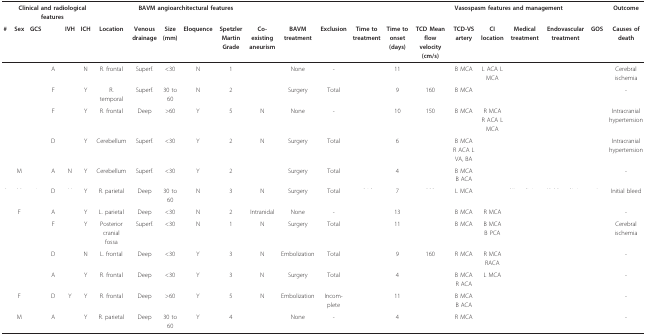
<table><thead><tr><td>[EMPTY_CELL]</td><td colspan="5"><b>Clinical and radiological features</b></td><td colspan="6"><b>BAVM angioarchitectural features</b></td><td colspan="4">[EMPTY_CELL]</td><td colspan="6"><b>Vasospasm features and management</b></td><td><b>Outcome</b></td></tr><tr><td><b>#</b></td><td><b>Sex</b></td><td><b>GCS</b></td><td>[EMPTY_CELL]</td><td><b>IVH</b></td><td><b>ICH</b></td><td><b>Location</b></td><td><b>Venous drainage</b></td><td><b>Size (mm)</b></td><td><b>Eloquence</b></td><td><b>Spetzler Martin Grade</b></td><td><b>Co-existing aneurism</b></td><td><b>BAVM treatment</b></td><td><b>Exclusion</b></td><td><b>Time to treatment</b></td><td><b>Time to onset (days)</b></td><td><b>TCD Mean flow velocity (cm/s)</b></td><td><b>TCD-VS artery</b></td><td><b>CI location</b></td><td><b>Medical treatment</b></td><td><b>Endovascular treatment</b></td><td><b>GOS</b></td><td><b>Causes of death</b></td></tr></thead><tbody><tr><td>[EMPTY_CELL]</td><td>[EMPTY_CELL]</td><td>[EMPTY_CELL]</td><td>A</td><td>[EMPTY_CELL]</td><td>N</td><td>R. frontal</td><td>Superf.</td><td>&lt;30</td><td>N</td><td>1</td><td>[EMPTY_CELL]</td><td>None</td><td>-</td><td>[EMPTY_CELL]</td><td>11</td><td>[EMPTY_CELL]</td><td>B MCA</td><td>L ACA L MCA</td><td>[EMPTY_CELL]</td><td>[EMPTY_CELL]</td><td>[EMPTY_CELL]</td><td>Cerebral ischemia</td></tr><tr><td>[EMPTY_CELL]</td><td>[EMPTY_CELL]</td><td>[EMPTY_CELL]</td><td>F</td><td>[EMPTY_CELL]</td><td>Y</td><td>R. temporal</td><td>Superf.</td><td>30 to 60</td><td>N</td><td>2</td><td>[EMPTY_CELL]</td><td>Surgery</td><td>Total</td><td>[EMPTY_CELL]</td><td>9</td><td>160</td><td>B MCA</td><td>[EMPTY_CELL]</td><td>[EMPTY_CELL]</td><td>[EMPTY_CELL]</td><td>[EMPTY_CELL]</td><td>-</td></tr><tr><td>[EMPTY_CELL]</td><td>[EMPTY_CELL]</td><td>[EMPTY_CELL]</td><td>F</td><td>[EMPTY_CELL]</td><td>Y</td><td>R. frontal</td><td>Deep</td><td>&gt;60</td><td>Y</td><td>5</td><td>N</td><td>None</td><td>-</td><td>[EMPTY_CELL]</td><td>10</td><td>150</td><td>B MCA</td><td>R MCA R ACA L MCA</td><td>[EMPTY_CELL]</td><td>[EMPTY_CELL]</td><td>[EMPTY_CELL]</td><td>Intracranial hypertension</td></tr><tr><td>[EMPTY_CELL]</td><td>[EMPTY_CELL]</td><td>[EMPTY_CELL]</td><td>D</td><td>[EMPTY_CELL]</td><td>Y</td><td>Cerebellum</td><td>Superf.</td><td>&lt;30</td><td>Y</td><td>2</td><td>N</td><td>Surgery</td><td>Total</td><td>[EMPTY_CELL]</td><td>6</td><td>[EMPTY_CELL]</td><td>B MCA R ACA L VA, BA</td><td>[EMPTY_CELL]</td><td>[EMPTY_CELL]</td><td>[EMPTY_CELL]</td><td>[EMPTY_CELL]</td><td>Intracranial hypertension</td></tr><tr><td>[EMPTY_CELL]</td><td>M</td><td>[EMPTY_CELL]</td><td>A</td><td>N</td><td>Y</td><td>Cerebellum</td><td>Superf.</td><td>&lt;30</td><td>Y</td><td>2</td><td>[EMPTY_CELL]</td><td>Surgery</td><td>Total</td><td>[EMPTY_CELL]</td><td>4</td><td>[EMPTY_CELL]</td><td>B MCA B ACA</td><td>[EMPTY_CELL]</td><td>[EMPTY_CELL]</td><td>[EMPTY_CELL]</td><td>[EMPTY_CELL]</td><td>-</td></tr><tr><td>[EMPTY_CELL]</td><td>[EMPTY_CELL]</td><td>[EMPTY_CELL]</td><td>D</td><td>[EMPTY_CELL]</td><td>Y</td><td>R. parietal</td><td>Deep</td><td>30 to 60</td><td>N</td><td>3</td><td>N</td><td>Surgery</td><td>Total</td><td>[EMPTY_CELL]</td><td>7</td><td>[EMPTY_CELL]</td><td>L MCA</td><td>[EMPTY_CELL]</td><td>[EMPTY_CELL]</td><td>[EMPTY_CELL]</td><td>[EMPTY_CELL]</td><td>Initial bleed</td></tr><tr><td>[EMPTY_CELL]</td><td>F</td><td>[EMPTY_CELL]</td><td>A</td><td>[EMPTY_CELL]</td><td>Y</td><td>L. parietal</td><td>Deep</td><td>&lt;30</td><td>N</td><td>2</td><td>Intranidal</td><td>None</td><td>-</td><td>[EMPTY_CELL]</td><td>13</td><td>[EMPTY_CELL]</td><td>B MCA</td><td>R MCA</td><td>[EMPTY_CELL]</td><td>[EMPTY_CELL]</td><td>[EMPTY_CELL]</td><td>-</td></tr><tr><td>[EMPTY_CELL]</td><td>[EMPTY_CELL]</td><td>[EMPTY_CELL]</td><td>F</td><td>[EMPTY_CELL]</td><td>Y</td><td>Posterior cranial fossa</td><td>Superf.</td><td>&lt;30</td><td>N</td><td>1</td><td>N</td><td>Surgery</td><td>Total</td><td>[EMPTY_CELL]</td><td>11</td><td>[EMPTY_CELL]</td><td>B MCA</td><td>B MCA B PCA</td><td>[EMPTY_CELL]</td><td>[EMPTY_CELL]</td><td>[EMPTY_CELL]</td><td>Cerebral ischemia</td></tr><tr><td>[EMPTY_CELL]</td><td>[EMPTY_CELL]</td><td>[EMPTY_CELL]</td><td>D</td><td>[EMPTY_CELL]</td><td>N</td><td>L. frontal</td><td>Deep</td><td>&lt;30</td><td>Y</td><td>3</td><td>N</td><td>Embolization</td><td>Total</td><td>[EMPTY_CELL]</td><td>9</td><td>160</td><td>R MCA</td><td>R MCA RACA</td><td>[EMPTY_CELL]</td><td>[EMPTY_CELL]</td><td>[EMPTY_CELL]</td><td>-</td></tr><tr><td>[EMPTY_CELL]</td><td>[EMPTY_CELL]</td><td>[EMPTY_CELL]</td><td>A</td><td>[EMPTY_CELL]</td><td>Y</td><td>R. frontal</td><td>Deep</td><td>&lt;30</td><td>Y</td><td>3</td><td>N</td><td>Surgery</td><td>Total</td><td>[EMPTY_CELL]</td><td>4</td><td>[EMPTY_CELL]</td><td>B MCA R ACA</td><td>L MCA</td><td>[EMPTY_CELL]</td><td>[EMPTY_CELL]</td><td>[EMPTY_CELL]</td><td>-</td></tr><tr><td>[EMPTY_CELL]</td><td>F</td><td>[EMPTY_CELL]</td><td>D</td><td>Y</td><td>Y</td><td>R. frontal</td><td>Deep</td><td>&gt;60</td><td>Y</td><td>5</td><td>N</td><td>Embolization</td><td>Incom-plete</td><td>[EMPTY_CELL]</td><td>11</td><td>[EMPTY_CELL]</td><td>B MCA B ACA</td><td>[EMPTY_CELL]</td><td>[EMPTY_CELL]</td><td>[EMPTY_CELL]</td><td>[EMPTY_CELL]</td><td>-</td></tr><tr><td>[EMPTY_CELL]</td><td>M</td><td>[EMPTY_CELL]</td><td>A</td><td>[EMPTY_CELL]</td><td>Y</td><td>R. parietal</td><td>Deep</td><td>30 to 60</td><td>Y</td><td>4</td><td>[EMPTY_CELL]</td><td>None</td><td>-</td><td>[EMPTY_CELL]</td><td>4</td><td>[EMPTY_CELL]</td><td>R MCA</td><td>[EMPTY_CELL]</td><td>[EMPTY_CELL]</td><td>[EMPTY_CELL]</td><td>[EMPTY_CELL]</td><td>-</td></tr></tbody></table>